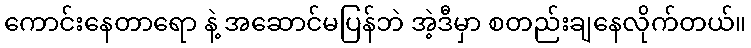
ကောင်းနေတာရော နဲ့ အဆောင်မပြန်ဘဲ အဲ့ဒီမှာ စတည်းချနေလိုက်တယ်။